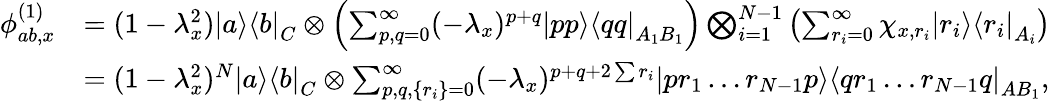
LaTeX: \begin{array}{rl}{\phi_{ab,x}^{(1)}}&{=(1-\lambda_{x}^{2})\left|a\middle>\middle<b\right|_{C}\otimes\left(\sum_{p,q=0}^{\infty}(-\lambda_{x})^{p+q}\left|pp\middle>\middle<qq\right|_{A_{1}B_{1}}\right)\bigotimes_{i=1}^{N-1}\left(\sum_{r_{i}=0}^{\infty}\chi_{x,r_{i}}\left|r_{i}\middle>\middle<r_{i}\right|_{A_{i}}\right)}\\ &{=(1-\lambda_{x}^{2})^{N}\left|a\middle>\middle<b\right|_{C}\otimes\sum_{p,q,\{ r_{i}\} =0}^{\infty}(-\lambda_{x})^{p+q+2\sum r_{i}}\left|pr_{1}\ldots r_{N-1}p\middle>\middle<qr_{1}\ldots r_{N-1}q\right|_{AB_{1}},}\end{array}